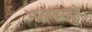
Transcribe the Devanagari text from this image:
भद्रमश्नुते